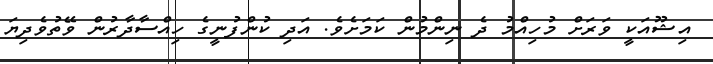
އިޝޫއަކީ ވަރަށް މުހިއްމު ދެ ނިންމުން ކަމަށެވެ. އަދި ކުންފުނީގެ ހިއްސާދާރުން ވޭތުވެދިޔަ